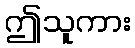
ဤသူကား